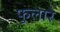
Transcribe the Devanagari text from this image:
फुलारे